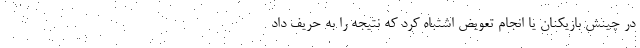
در چینش بازیکنان یا انجام تعویض اشتباه کرد که نتیجه را به حریف داد